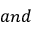
a n d